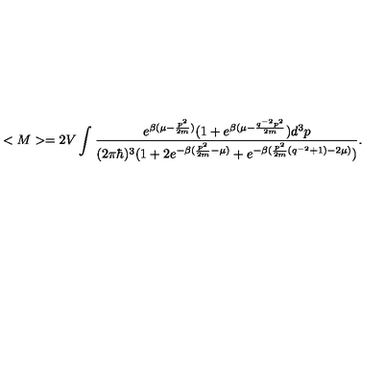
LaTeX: < M > = 2 V \int _ { } ^ { } \frac { e ^ { \beta ( \mu - \frac { p ^ { 2 } } { 2 m } ) } ( 1 + e ^ { \beta ( \mu - \frac { q ^ { - 2 } p ^ { 2 } } { 2 m } } ) d ^ { 3 } p } { ( 2 \pi \hbar ) ^ { 3 } ( 1 + 2 e ^ { - \beta ( \frac { p ^ { 2 } } { 2 m } - \mu ) } + e ^ { - \beta ( \frac { p ^ { 2 } } { 2 m } ( q ^ { - 2 } + 1 ) - 2 \mu ) } ) } .